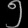
Digit: ၅